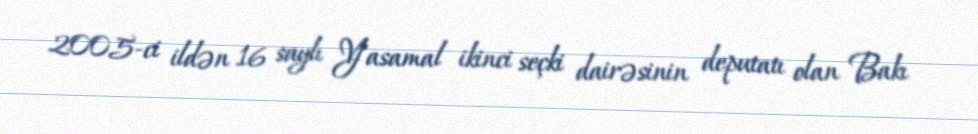
2005-ci ildən 16 saylı Yasamal ikinci seçki dairəsinin deputatı olan Bakı